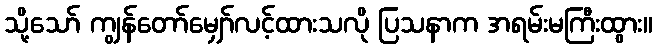
သို့သော် ကျွန်တော်မျှော်လင့်ထားသလို ပြသနာက အရမ်းမကြီးထွား။